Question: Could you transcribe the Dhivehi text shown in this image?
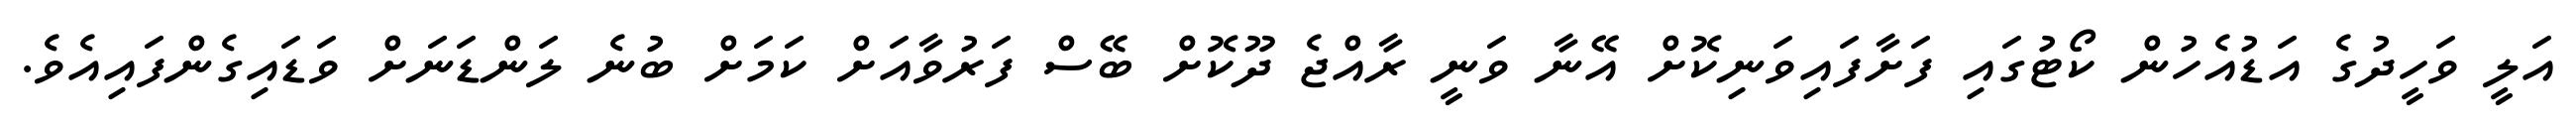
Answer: އަލީ ވަހީދުގެ އަޑުއެހުން ކޯޓުގައި ފަށާފައިވަނިކޮށް އޭނާ ވަނީ ރާއްޖެ ދޫކޮށް ބޭސް ފަރުވާއަށް ކަމަށް ބުނެ ލަންޑަނަށް ވަޑައިގެންފައިއެވެ.